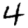
Digit: 4